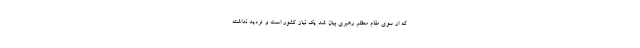
که از سوی مقام معظم رهبری بیان شد یک نیاز کشور است و تردید نداشته